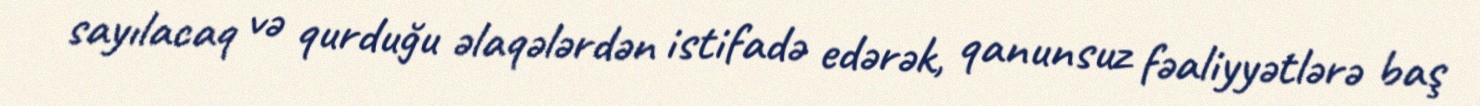
sayılacaq və qurduğu əlaqələrdən istifadə edərək, qanunsuz fəaliyyətlərə baş